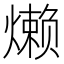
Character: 𬋍